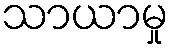
သာယာမှု